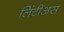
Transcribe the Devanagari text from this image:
लिंटीअस